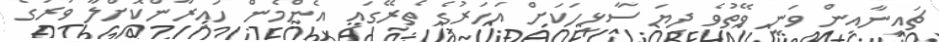
ޗައިނާއިން ވަނީ ވޭތުވެ ދިޔަ ސާޅީހަކަށް އަހަރުގެ ތެރޭގައި އެންމެން ހައިރާންކޮށްލާ ވަރުގެ